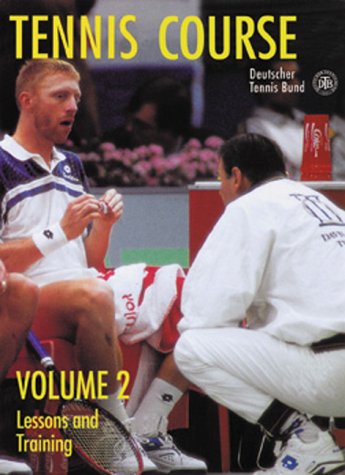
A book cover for Tennis Course, Volume Two: Lessons and Training; Deutscher Tennis Bund; Sports & Outdoors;